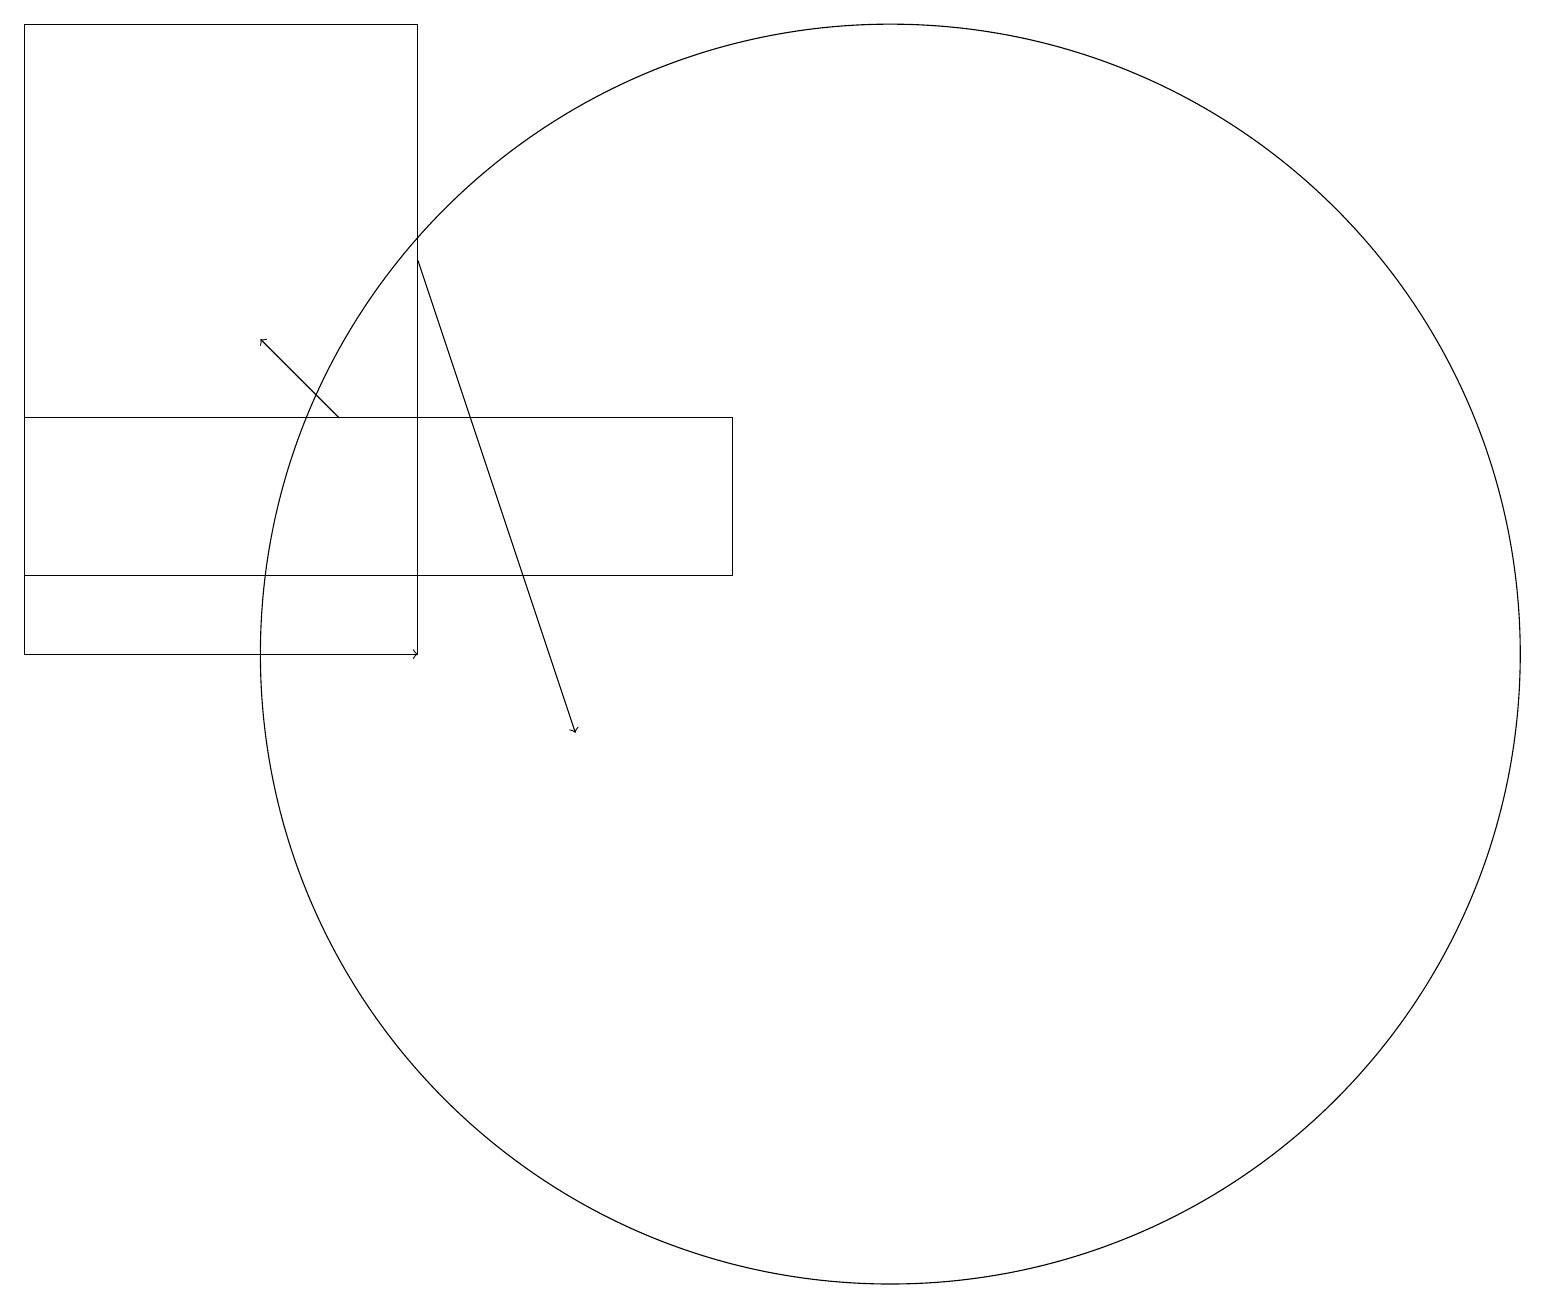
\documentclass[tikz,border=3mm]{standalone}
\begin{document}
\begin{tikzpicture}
\draw[->] (2,11) -- (5,11);
\draw (0,14) rectangle (9,12);
\draw[->] (4,14) -- (3,15);
\draw (11,11) circle (8);
\draw (5,11) rectangle (0,19);
\draw[->] (5,16) -- (7,10);
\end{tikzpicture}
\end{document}